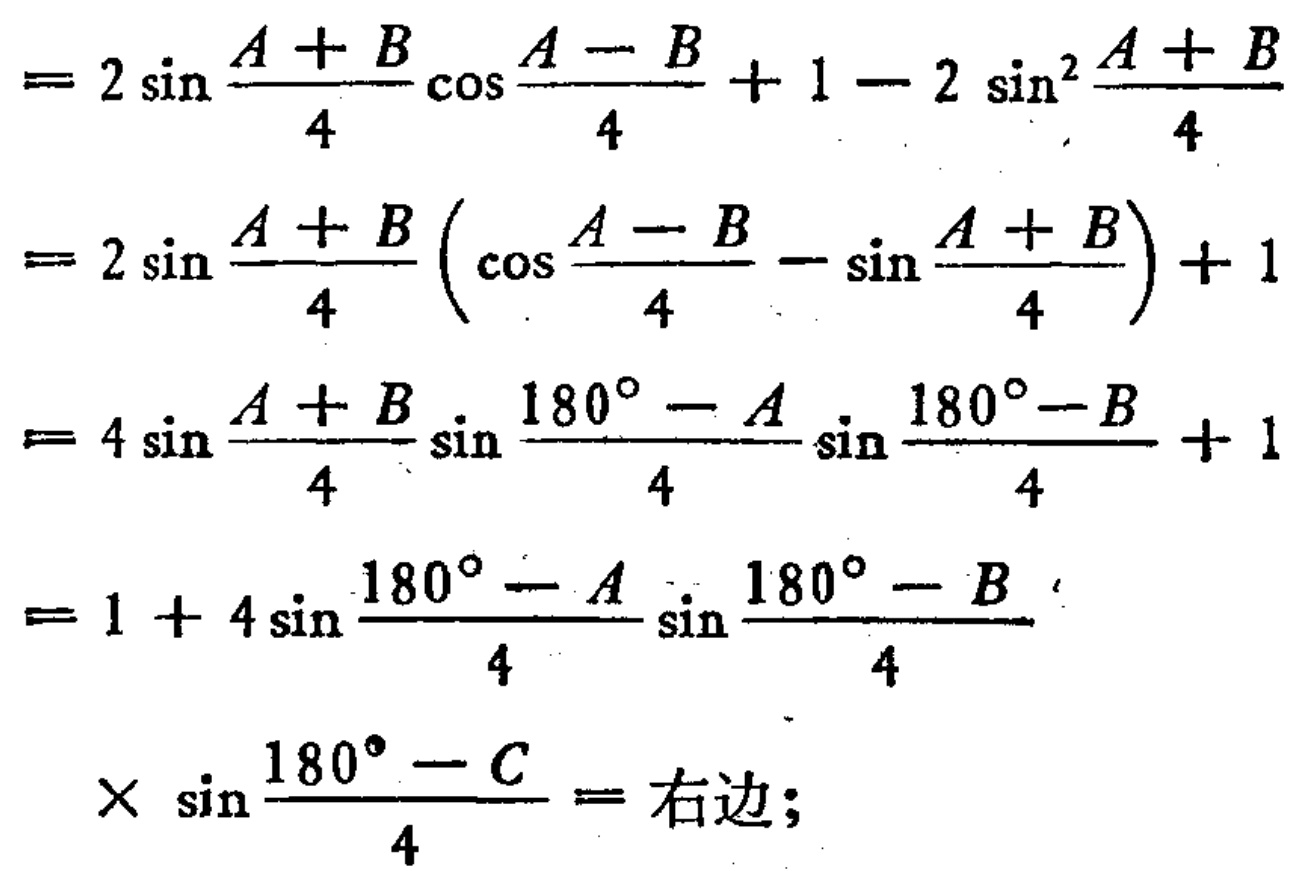
\begin{align*}

&= 2\sin\frac{A + B}{4}\cos\frac{A - B}{4}+1 - 2\sin^{2}\frac{A + B}{4}\\

&= 2\sin\frac{A + B}{4}\left(\cos\frac{A - B}{4}-\sin\frac{A + B}{4}\right)+1\\

&= 4\sin\frac{A + B}{4}\sin\frac{180^{\circ}-A}{4}\sin\frac{180^{\circ}-B}{4}+1\\

&= 1 + 4\sin\frac{180^{\circ}-A}{4}\sin\frac{180^{\circ}-B}{4}\\

&\times\sin\frac{180^{\circ}-C}{4}=\text{右边};

\end{align*}